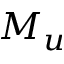
M _ { u }